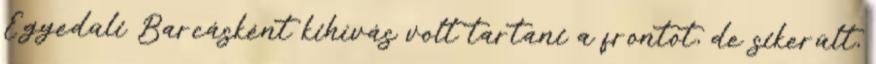
Egyedüli Barcásként kihívás volt tartani a frontot, de sikerült,